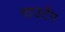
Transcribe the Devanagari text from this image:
गाउटेंग